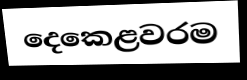
දෙකෙළවරම